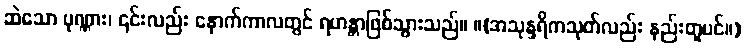
ဆဲသော ပုဏ္ဏား၊ ၎င်းလည်း နောက်ကာလတွင် ရဟန္တာဖြစ်သွားသည်။ ။(အသုန္ဒရိကသုတ်လည်း နည်းတူပင်။)